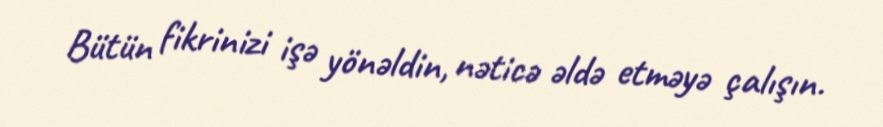
Bütün fikrinizi işə yönəldin, nəticə əldə etməyə çalışın.